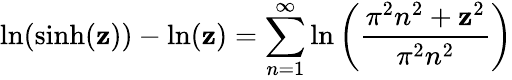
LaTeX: \ln(\sinh(\mathbf{z}))-\ln(\mathbf{z})=\sum_{n=1}^{\infty}\ln\left({\frac{{\pi^{2}n^{2}+\mathbf{z}^{2}}}{{\pi^{2}n^{2}}}}\right)